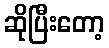
ဆိုပြီးတော့